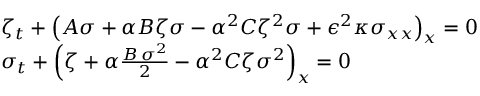
\begin{array} { r l } & { \zeta _ { t } + \left( A { \sigma } + \alpha B { \zeta } { \sigma } - \alpha ^ { 2 } C { \zeta } ^ { 2 } { \sigma } + \epsilon ^ { 2 } \kappa { \sigma } _ { x x } \right) _ { x } = 0 } \\ & { \sigma _ { t } + \left( { \zeta } + \alpha \frac { B \, { \sigma } ^ { 2 } } { 2 } - \alpha ^ { 2 } C { \zeta } { \sigma } ^ { 2 } \right) _ { x } = 0 } \end{array}